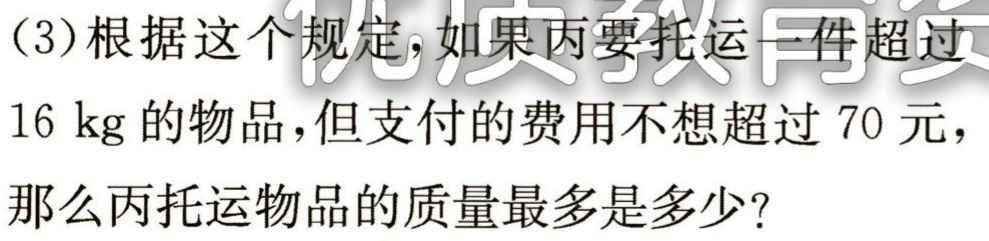
(3)根据这个规定，如果丙要托运一件超过
$16\ \text{kg}$的物品，但支付的费用不想超过$70$元，
那么丙托运物品的质量最多是多少？